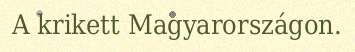
A krikett Magyarországon.